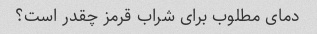
دمای مطلوب برای شراب قرمز چقدر است؟